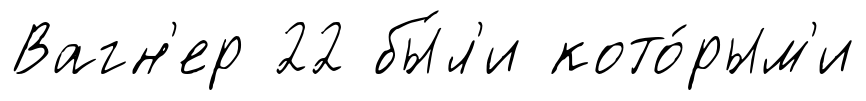
Вагн'ер 22 бы́л'и кото́рым'и